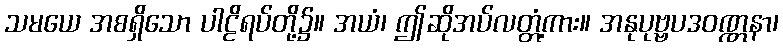
သမယေ အစရှိသော ပါဠိရပ်တို့၌။ အယံ၊ ဤဆိုအပ်လတ္တံ့ကား။ အနုပုဗ္ဗပဒဝဏ္ဏနာ၊